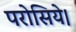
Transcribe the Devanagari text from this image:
परोसिये।